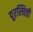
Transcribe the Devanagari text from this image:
पूरस्थिती